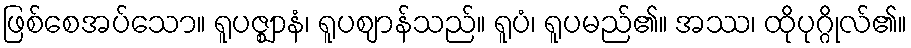
ဖြစ်စေအပ်သော။ ရူပဇ္ဈာနံ၊ ရူပဈာန်သည်။ ရူပံ၊ ရူပမည်၏။ အဿ၊ ထိုပုဂ္ဂိုလ်၏။